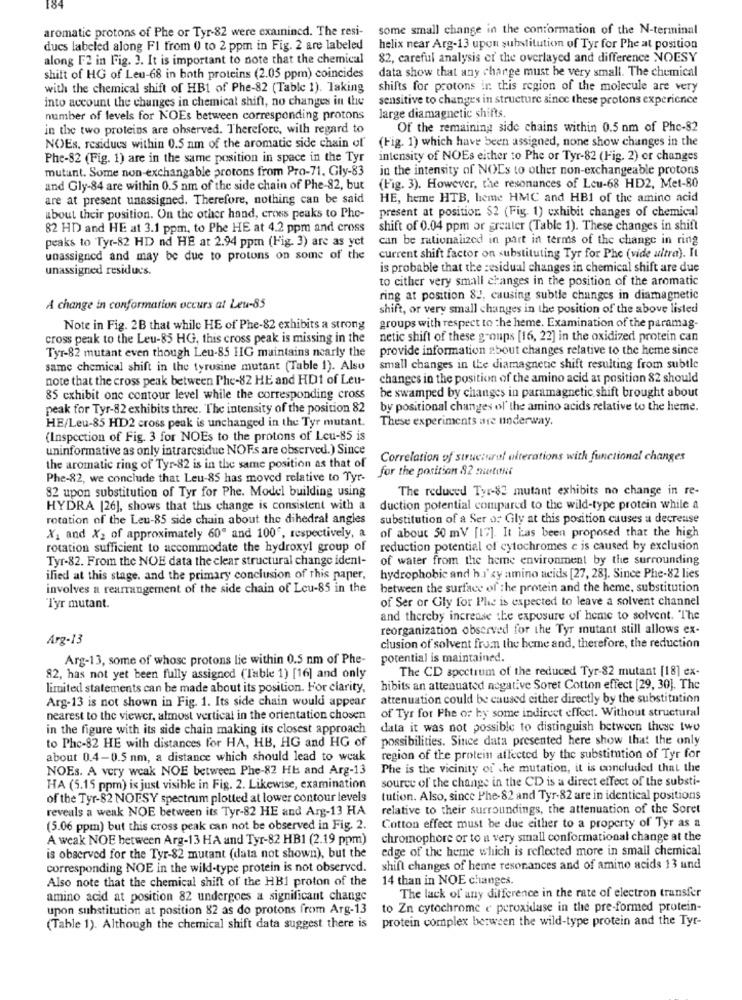
aromatic protons of Phe or Tyr-82 were examined. The resi-
some small change in the conformation of the N-terminal
ducs labeled along FI from 0 to 2 ppm in Fig. 2 are labeled
helix near Arg-13 upon substitution of Tyr for Phe at position
along F2 in Fig. 3. It is important to note that the chemical
82, careful analysis er the overlayed and difference NOESY
data show that any charge must be very small. The chemical
shift of HG of Leu-68 in both proteins (2.05 ppm) coincides
with the chemical shift of HB1 of Phe-82 (Table 1). Taking
shifts for protons in this region of the molecule are very
into account the changes in chemical shift, no changes in the
sensitive to changes in structure since these protons experience
number of levels for NOEs between corresponding protons
large diamagnetic shifts.
in the two proteins are ohserved. Therefore, with regard to
Of the remaining side chains within 0.5 nm of Phc-82
(Fig. 1) which have been assigned, none show changes in the
NOEs, residues within 0.5 nm of the aromatic side chain of
Phe-82 (Fig. 1) are in the same position in space in the Tyr
intensity of NOEs either to Phe or Tyr-82 (Fig. 2) or changes
mutant. Some non-exchangable protons from Pro-71, Gly-83
in the intensity of NOEs to other non-exchangeable protons
and Gly-84 are within 0.5 nm of the side chain of Phe-82, but
(Fig. 3). However, the resonances of Lcu-68 HD2, Met-80
are at present unassigned. Therefore, nothing can be said
HE, heme HTB, heme HMC and HBI of the amino acid
present at position $2 (Fig. 1) exhibit changes of chemical
about their position. On the other hand, cross peaks to Phe-
82 HD and HE at 3.1 ppm, to Phe HE at 4.2 ppm and cross
shift of 0.04 ppm or greater (Table 1). These changes in shift
peaks to Tyr-82 HD nd HE at 2.94 ppm (Fig. 3) are as yet
can be rationalized in part in terms of the change in ring
unassigned and may be due to protons on some of the
current shift factor on substituting Tyr for Phe (vide ultra). It
unassigned residucs.
is probable that the residual changes in chemical shift are due
to cither very small changes in the position of the aromatic
ring at position 82, causing subtle changes in diamagnetic
A change in conformation occurs at Leu-85
shift, or very small changes in the position of the above listed
Note in Fig. 2B that while HE of Phe-82 exhibits a strong
groups with respect to the heme. Examination of the paramag-
cross peak to the Leu-85 HG, this cross peak is missing in the
netic shift of these groups [16, 22] in the oxidized protein can
provide information about changes relative to the here since
Tyr-82 mutant even though Leu-85 HIG maintains nearly the
same chemical shift in the tyrusine mutant (Table 1). Also
small changes in the diamagnetic shift resulting from subtle
note that the cross peak between Phe-82 HE and HD1 of Leu-
changes in the position of the amino acid at position 82 should
be swamped by changes in paramagnetic shift brought about
85 cxhibit one contour level while the corresponding cross
peak for Tyr-82 exhibits three. The intensity of the position 82
by positional changes of the amino acids relative to the heme.
HE/Leu-85 HD2 cross peak is unchanged in the Tyr mutant.
These experiments are underway.
(Inspection of Fig. 3 for NOEs to the protons of Leu-85 is
uninformative as only intraresidue NOFs are observed.) Since
Correlation of structural alterations with functional changes
the aromatic ring of Tyr-82 is in the same position as that of
for the position 82 martint
Phe-82, we conclude that Leu-85 has moved relative to Tyr-
82 upon substitution of Tyr for Phe. Model building using
The reduced Tyr-82 mutant exhibits no change in re-
HYDRA [26], shows that this change is consistent with a
duction potential compared to the wild-type protein while a
rotation of the Leu-85 side chain about the dihedral angles
substitution of a Ser o Gly at this position causes a decreuse
of about 50 mV [17]. It has been proposed that the high
X1 and X2 of approximately 60" and 100", respectively, a
rotation sufficient to accommodate the hydroxyl group of
reduction potential of cytochromes c is caused by exclusion
Tyr-82. From the NOE data the clear structural change ident-
of water from the heme environment by the surrounding
ilied at this stage. and the primary conclusion of this paper,
hydrophobic and h.i'zy amino acids [27, 28]. Since Phe-82 lies
involves a rearrangement of the side chain of Leu-85 in the
between the surface of the protein and the heme, substitution
of Ser or Gly for Phe is expected to leave a solvent channel
Tyr mutant.
and thereby increase the exposure of heme to solvent. The
reorganization observed for the Tyr mutant still allows ex-
Arg-13
clusion of solvent from the home and, therefore, the reduction
Arg-13, some of whose protons lie within 0.5 nm of Phe-
potential is maintained.
The CD spectrum of the reduced Tyr-82 mutant [18] ex-
82, has not yet been fully assigned ("Table 1) [16] and only
limited statements can be made about its position. Hor clarity,
hibits an attenuated negative Soret Cotton effect [29, 30]. The
Arg-13 is not shown in Fig. 1. Its side chain would appear
attenuation could be caused either directly by the substitution
of Tyr for Phe or hy some indirect effect. Without structural
nearest to the viewer, almost vertical in the orientation chosen
in the figure with its side chain making its closest approach
data it was not possible to distinguish between these two
possibilities. Since data presented here show that the only
to Phe-82 HE with distances for HA, HB, HG and HG of
about 0.4-0.5 nm, a distance which should lead to weak
region of the protein affected by the substitution of Tyr for
NOEs. A very weak NOE between Phe-82 Hb and Arg-13
Phe is the vicinity of .he mutation, it is concluded that the
source of the change in the CD is a direct effect of the substi-
HA (5.1.5 ppm) is just visible in Fig. 2. Likewise, examination
of the Tyr-82 NOPSY spectrum plotted at lower contour levels
tution. Also, since Phe-82 and Tyr-82 are in identical positions
reveals a weak NOE between its Tyr-82 HE and Arg-13 HA
relative to their surroundings, the attenuation of the Soret
(5.06 ppm) but this cross peak can not be observed in Fig. 2.
Cotton effect must be due either to a property of Tyr as a
A weak NOE between Arg-13 HA and Tyr-82 HB1 (2.19 ppm)
chromophore or to a very small conformational change at the
edge of the heme which is reflected more in small chemical
is observed for the Tyr-82 mutant (data not shown), but the
corresponding NOE in the wild-type protein is not observed.
shift changes of heme resonances and of amino acids 13 und
Also note that the chemical shift of the HB1 proton of the
14 than in NOE changes.
amino acid at position 82 undergoes a significant change
The lack of any difference in the rate of electron transfer
upon substitution at position 82 as do protons from Arg-13
to Zn cytochrome e peroxidase in the pre-formed protein-
protein complex between the wild-type protein and the Tyr-
(Table 1). Although the chemical shift data suggest there is